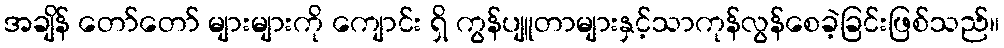
အချိန် တော်တော် များများကို ကျောင်း ရှိ ကွန်ပျူတာများနှင့်သာကုန်လွန်စေခဲ့ခြင်းဖြစ်သည်။